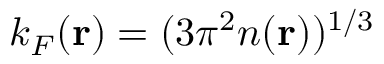
k _ { F } ( \mathbf { r } ) = ( 3 \pi ^ { 2 } n ( \mathbf { r } ) ) ^ { 1 / 3 }